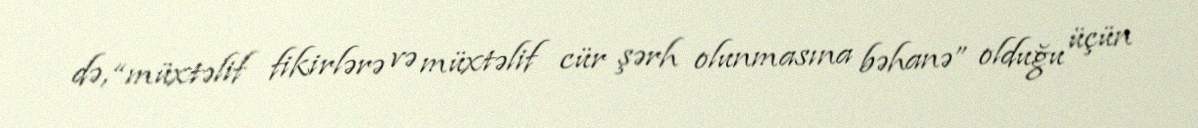
də, “müxtəlif fikirlərə və müxtəlif cür şərh olunmasına bəhanə” olduğu üçün